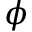
\phi